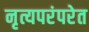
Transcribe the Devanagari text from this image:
नृत्यपरंपरेत